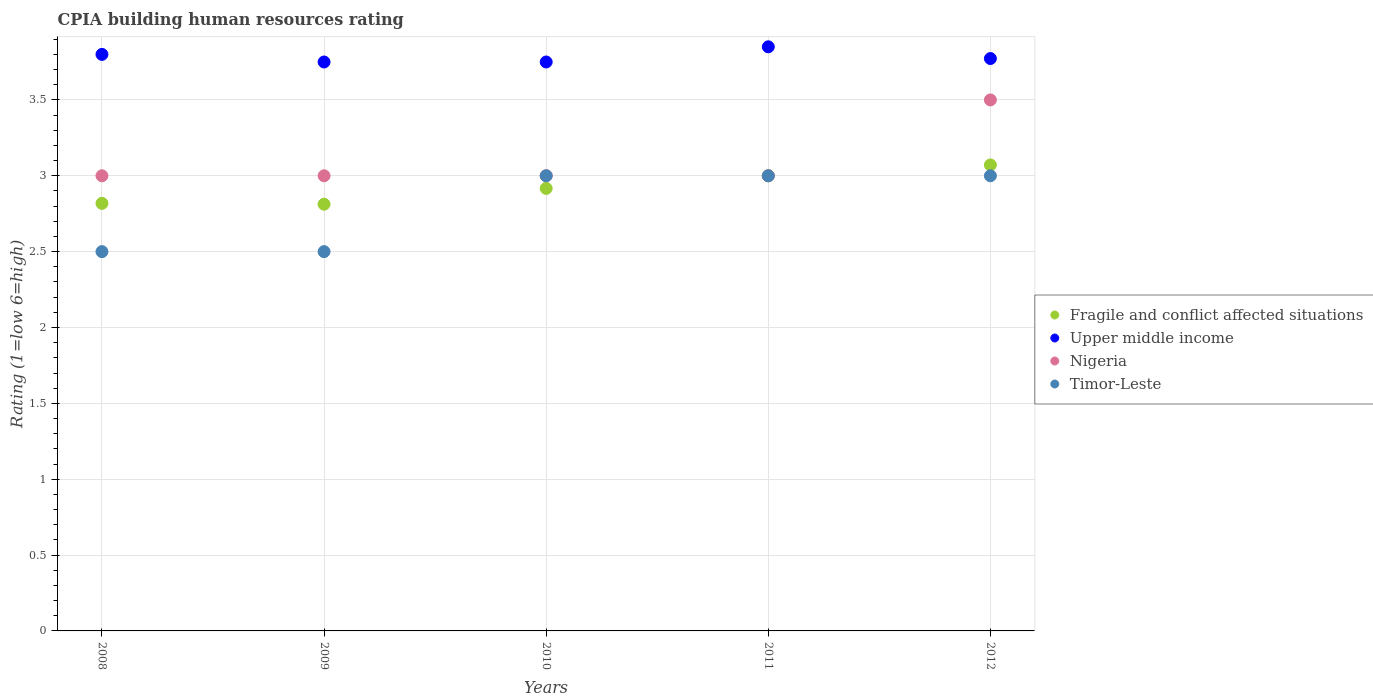
| Years | Fragile and conflict affected situations | Upper middle income | Nigeria | Timor-Leste |
 | --- | --- | --- | --- | --- |
 | 2008 | 2.82 | 3.8 | 3 | 2.5 |
 | 2009 | 2.81 | 3.75 | 3 | 2.5 |
 | 2010 | 2.92 | 3.75 | 3 | 3 |
 | 2011 | 3 | 3.85 | 3 | 3 |
 | 2012 | 3.07 | 3.77 | 3.5 | 3 |